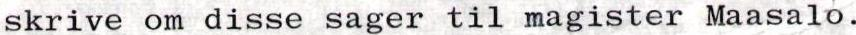
skrive om disse sager til magister Maasalo.